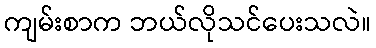
ကျမ်းစာက ဘယ်လိုသင်ပေးသလဲ။